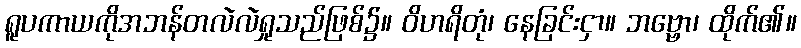
ရူပကာယကိုအဘန်တလဲလဲရှုသည်ဖြစ်၌။ ဝိဟရိတုံ၊ နေခြင်းငှာ။ ဘဗ္ဗော၊ ထိုက်၏။